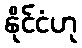
နိုင်ငံဟု